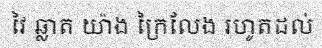
វៃ ឆ្លាត យ៉ាង ក្រៃលែង រហូតដល់